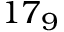
1 7 _ { 9 }